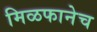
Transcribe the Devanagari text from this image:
मिळफानेच